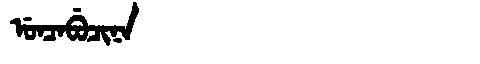
Manchu: ᡠᠨᠴᠠᠪᡠᠴᡳᠨᠠ
Romanization: UNCABUCINA